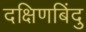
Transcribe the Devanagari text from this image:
दक्षिणबिंदु